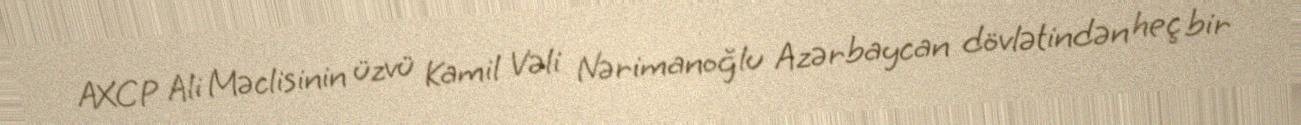
AXCP Ali Məclisinin üzvü Kamil Vəli Nərimanoğlu Azərbaycan dövlətindən heç bir